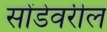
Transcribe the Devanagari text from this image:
सोंडेवरील